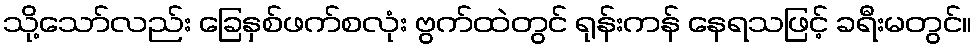
သို့သော်လည်း ခြေနှစ်ဖက်စလုံး ဗွက်ထဲတွင် ရုန်းကန် နေရသဖြင့် ခရီးမတွင်။